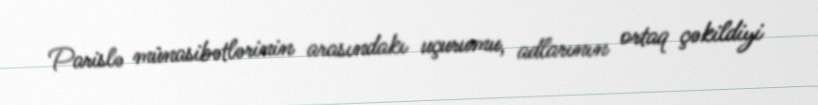
Parislə münasibətlərinin arasındakı uçurumu, adlarının ortaq çəkildiyi